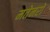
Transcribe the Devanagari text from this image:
मतेनरो